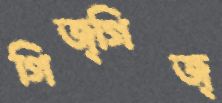
গিজ্‌গিজ্‌